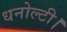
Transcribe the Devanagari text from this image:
धनोल्टी।